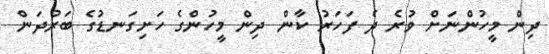
ދިން މީހުންނަށް ވުރެ ދެ ފަހަރު ކާން ދިން މީހުންގެ ހަށިގަނޑުގެ ބަރުދަން